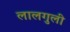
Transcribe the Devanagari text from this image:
लालगुली